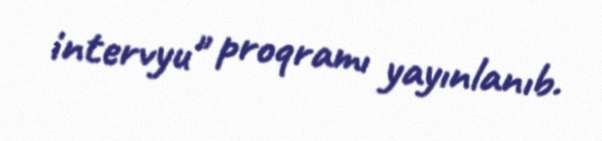
intervyu" proqramı yayınlanıb.